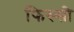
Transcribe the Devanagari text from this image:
फिस्सी